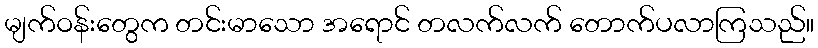
မျက်ဝန်းတွေက တင်းမာသော အရောင် တလက်လက် တောက်ပလာကြသည်။